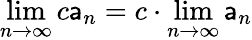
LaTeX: \operatorname*{lim}_{n\to\infty}c\mathsf{a}_{n}=c\cdot\operatorname*{lim}_{n\to\infty}\mathsf{a}_{n}